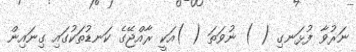
ނަރުވާ ފުޅަނގި ( ) ނުވަތަ ( )އަކީ ރާއްޖޭގެ ކަނޑުތަކުގައި ގިނައިން